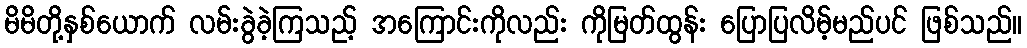
မိမိတို့နှစ်ယောက် လမ်းခွဲခဲ့ကြသည့် အကြောင်းကိုလည်း ကိုမြတ်ထွန်း ပြောပြလိမ့်မည်ပင် ဖြစ်သည်။